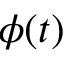
\phi ( t )